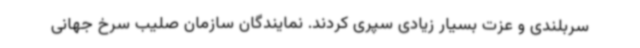
سربلندی و عزت بسیار زیادی سپری کردند. نمایندگان سازمان صلیب سرخ جهانی